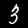
Digit: 3